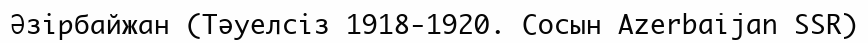
Әзірбайжан (Тәуелсіз 1918-1920. Сосын Azerbaijan SSR)